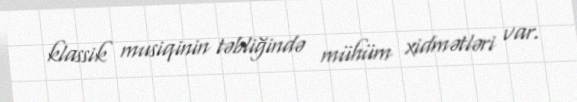
klassik musiqinin təbliğində mühüm xidmətləri var.